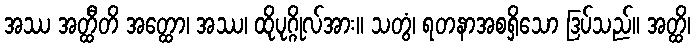
အဿ အတ္ထီတိ အတ္ထော၊ အဿ၊ ထိုပုဂ္ဂိုလ်အား။ သတွံ၊ ရတနာအစရှိသော ဒြပ်သည်။ အတ္ထိ၊